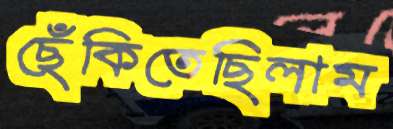
ছেঁকিতেছিলাম